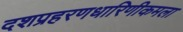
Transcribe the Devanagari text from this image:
दशप्रहरणधारिणीकमला